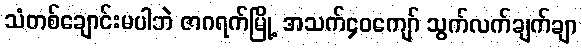
သံတစ်ချောင်းမပါဘဲ ဇာဂရက်မြို့ အသက်၄၀ကျော် သွက်လက်ချက်ချာ